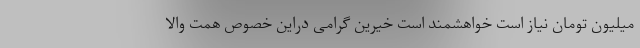
میلیون تومان نیاز است خواهشمند است خیرین گرامی دراین خصوص همت والا